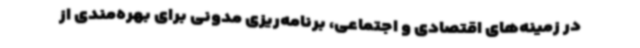
در زمینه‌های اقتصادی و اجتماعی، برنامه‌ریزی مدونی برای بهره‌مندی از